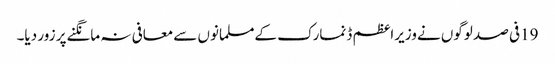
19فی صد لوگوں نےوزیراعظم ڈنمارک کےمسلمانوں سےمعافی نہ مانگنےپر زور دیا۔